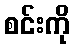
စင်းကို